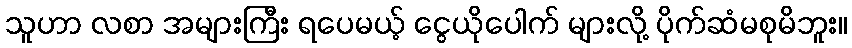
သူဟာ လစာ အများကြီး ရပေမယ့် ငွေယိုပေါက် များလို့ ပိုက်ဆံမစုမိဘူး။